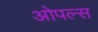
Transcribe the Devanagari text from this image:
ओपल्स